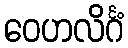
ဝေဟလိင်္ဂံ